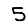
Digit: 5